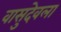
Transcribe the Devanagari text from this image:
वासुदेवला